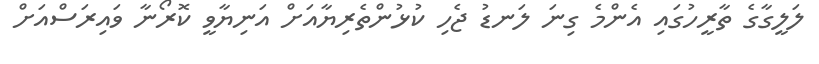
ލަލީގާގެ ތާރީހުގައި އެންމެ ގިނަ ލަނޑު ޖެހި ކުޅުންތެރިޔާއަށް އަނިޔާވީ ކޮރޯނާ ވައިރަސްއަށް